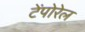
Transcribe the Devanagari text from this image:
टेंपोरेल